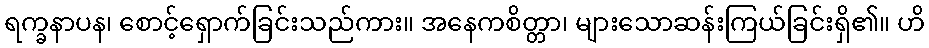
ရက္ခနာပန၊ စောင့်ရှောက်ခြင်းသည်ကား။ အနေကစိတ္တာ၊ များသောဆန်းကြယ်ခြင်းရှိ၏။ ဟိ